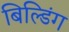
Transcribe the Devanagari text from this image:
बिल्‍डिंग